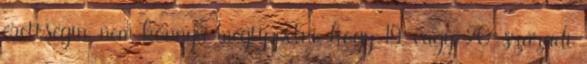
érettségin, nem könnyű megtippelni, hogy 19. vagy 20. századi